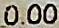
0.00